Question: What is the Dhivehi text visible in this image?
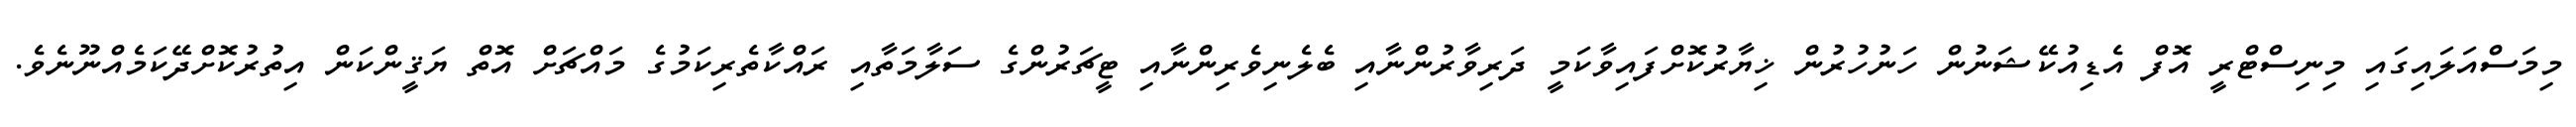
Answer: މިމަސްއަލައިގައި މިނިސްޓްރީ އޮފް އެޑިއުކޭޝަނުން ހަނުހުރުން ޚިޔާރުކޮށްފައިވާކަމީ ދަރިވާރުންނާއި ބެލެނިވެރިންނާއި ޓީޗަރުންގެ ސަލާމަތާއި ރައްކާތެރިކަމުގެ މައްޗަށް އޮތް ޔަޤީންކަން އިތުރުކޮށްދޭކަމެއްނޫނެވެ.